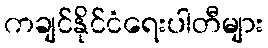
ကချင်နိုင်ငံရေးပါတီများ